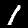
Label: 1